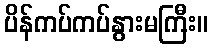
ပိန်ကပ်ကပ်နွားမကြီး။